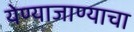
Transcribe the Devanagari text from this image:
येण्याजाण्याचा